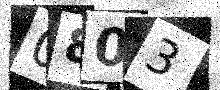
Text: 0803